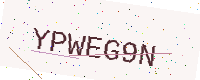
Text: YPWEG9N